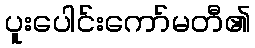
ပူးပေါင်းကော်မတီ၏